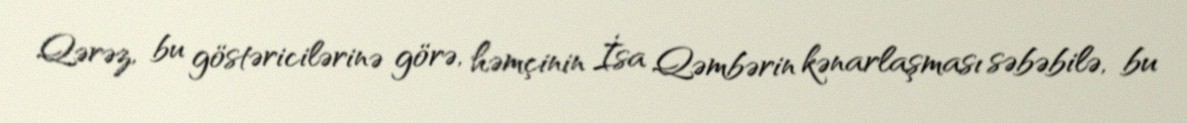
Qərəz, bu göstəricilərinə görə, həmçinin İsa Qəmbərin kənarlaşması səbəbilə, bu